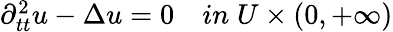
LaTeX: \begin{array}{r}{\partial_{tt}^{2}u-\Delta u=0\quad in\; U\times(0,+\infty)}\end{array}